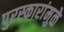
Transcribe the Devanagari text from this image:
पुरस्कारांमुळे